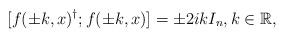
LaTeX: \begin{align*} [f(\pm k, x)^\dagger;f(\pm k,x)]=\pm2ikI_n,k\in \mathbb{R},\end{align*}